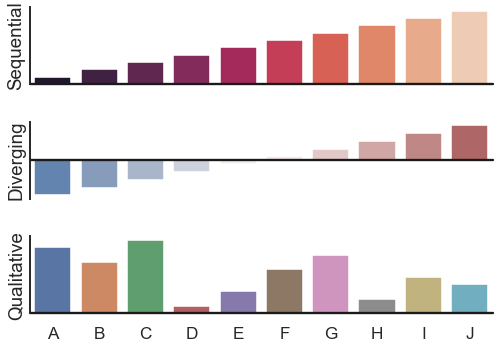
python, seaborn, barplot, despine